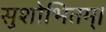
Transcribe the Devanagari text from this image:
सुशोभितम्।